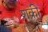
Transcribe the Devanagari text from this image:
शक्री